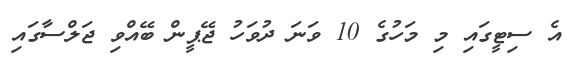
އެ ސިޓީގައި މި މަހުގެ 10 ވަނަ ދުވަހު ޖޭޕީން ބޭއްވި ޖަލްސާގައި